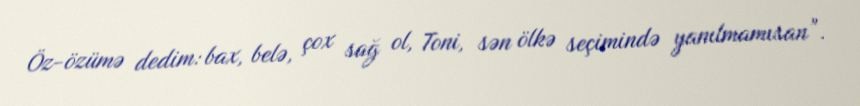
Öz-özümə dedim: bax, belə, çox sağ ol, Toni, sən ölkə seçimində yanılmamısan”.